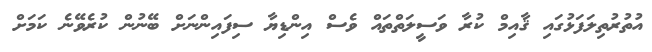
އުތުރުތިލަފަޅުގައި ޤާއިމް ކުރާ ވަސީލަތްތައް ވެސް އިންޑިޔާ ސިފައިންނަށް ބޭނުން ކުރެވޭނެ ކަމަށް